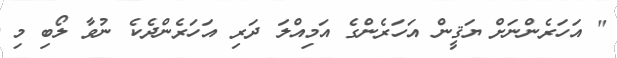
" އަހަރެންނަށް ޔަޤީން އަހަރެންގެ އަމިއްލަ ދަރި އަހަރެންދެކެ ނުވާ ލޯބި މި